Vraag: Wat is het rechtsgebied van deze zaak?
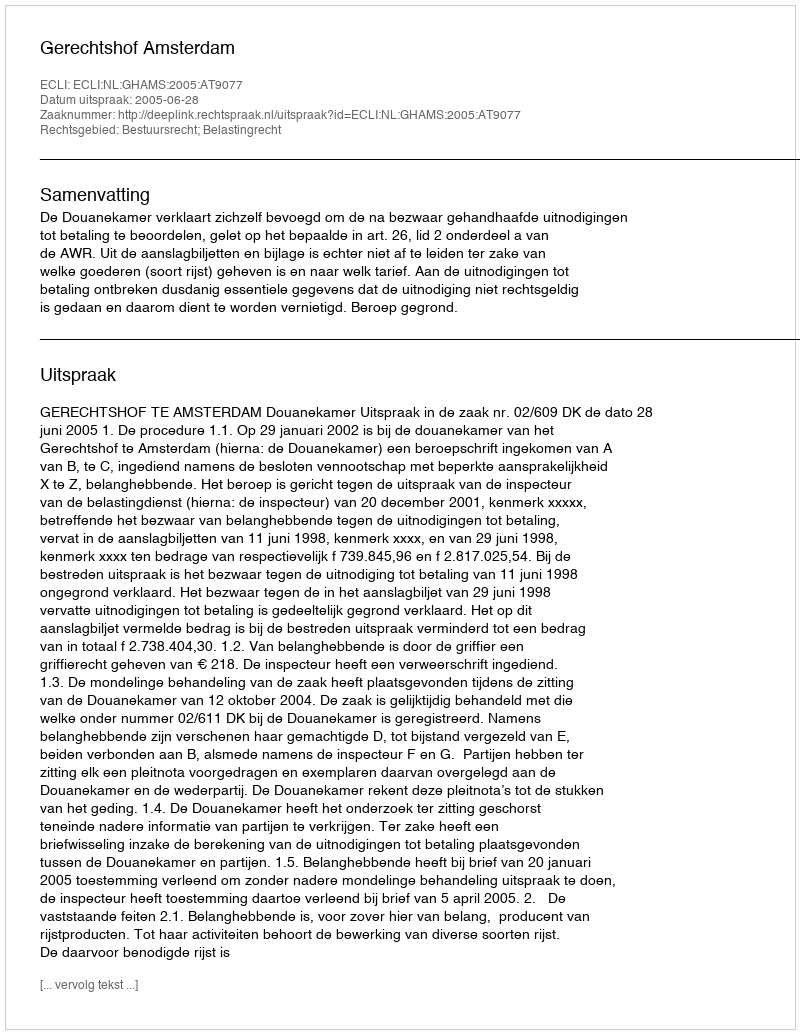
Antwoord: Bestuursrecht; Belastingrecht